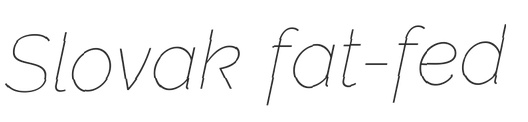
Slovak fat-fed